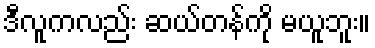
ဒီလူကလည်း ဆယ်တန်ကို မယူဘူး။